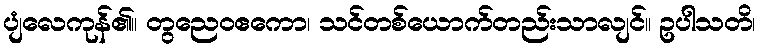
ပျံလေကုန်၏။ တွညေဝဧကော၊ သင်တစ်ယောက်တည်းသာလျင်။ ဥပါသတိ၊